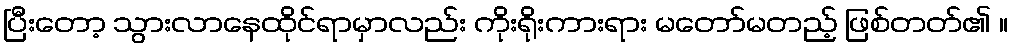
ပြီးတော့ သွားလာနေထိုင်ရာမှာလည်း ကိုးရိုးကားရား မတော်မတည့် ဖြစ်တတ်၏ ။